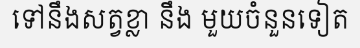
ទៅនឹងសត្វខ្លា នឹង មួយចំនួនទៀត